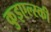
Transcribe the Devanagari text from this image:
कुइएल्स्की